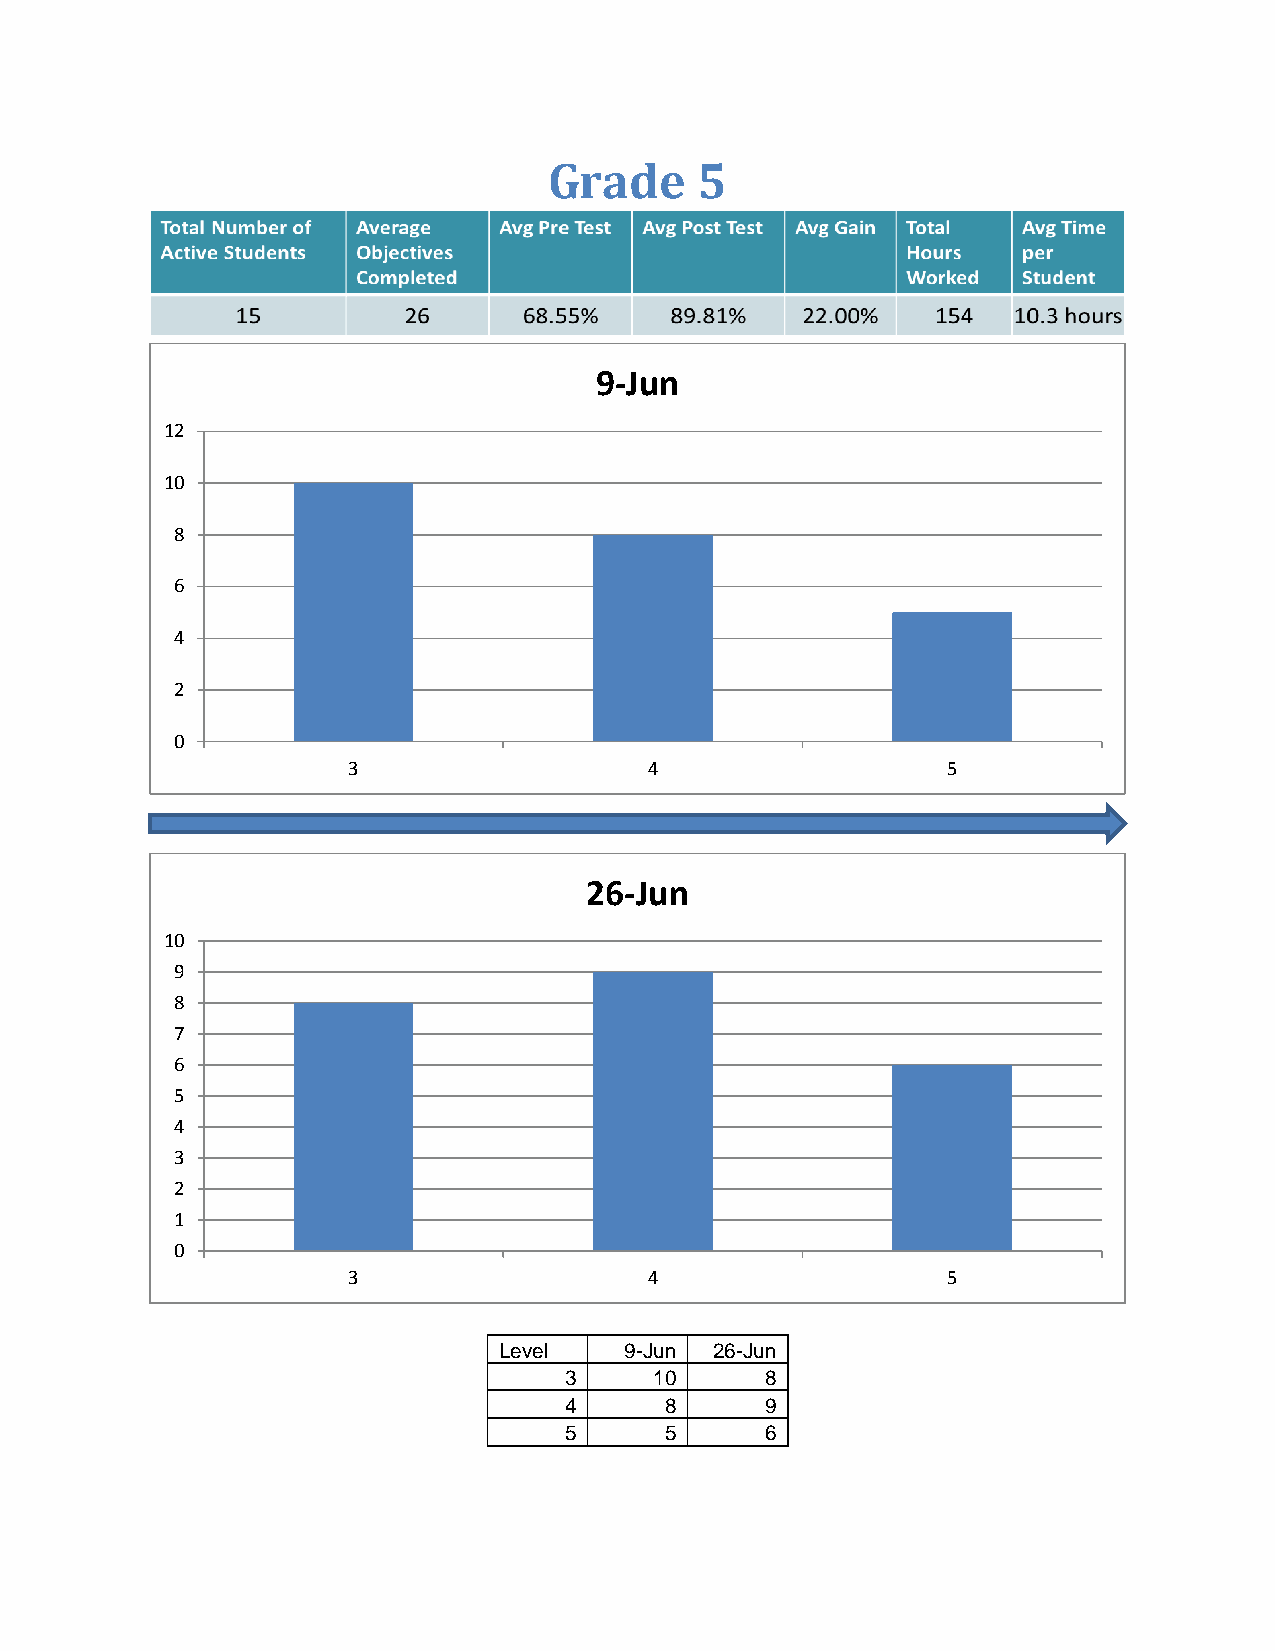
Grade     5
 9-Jun
 12
 10
 8
 6
 4
 2
 0
 3                   4                   5
 26-Jun
 10
 9
 8
 7
 6
 5
 4
 3
 2
 1
 0
 3                   4                   5
 Level   9-Jun 26-Jun
 3     10      8
 4      8      9
 5      5      6